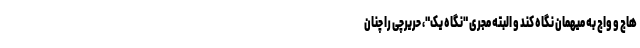
هاج و واج به میهمان نگاه کند و البته مجری "نگاه یک"، حریرچی را چنان